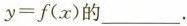
y=f(x)的___。